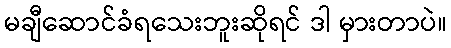
မချီဆောင်ခံရသေးဘူးဆိုရင် ဒါ မှားတာပဲ။